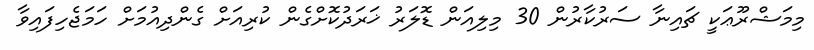
މިމަޝްރޫޢަކީ ޗައިނާ ސަރުކާރުން 30 މިލިއަން ޑޮލަރު ޚަރަދުކޮށްގެން ކުރިއަށް ގެންދިއުމަށް ހަމަޖެހިފައިވާ